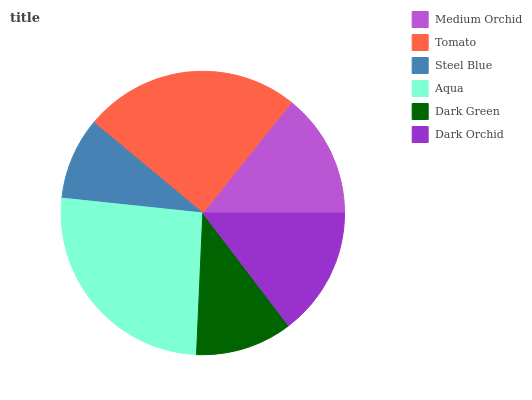
| Medium Orchid | Tomato | Steel Blue | Aqua | Dark Green | Dark Orchid |
 | --- | --- | --- | --- | --- | --- |
 | 14.3% | 24.7% | 9.36% | 26% | 11.1% | 14.7% |